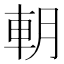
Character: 𨊸